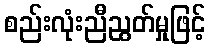
စည်းလုံးညီညွတ်မှုဖြင့်